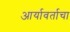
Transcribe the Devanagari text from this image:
आर्यावर्ताचा